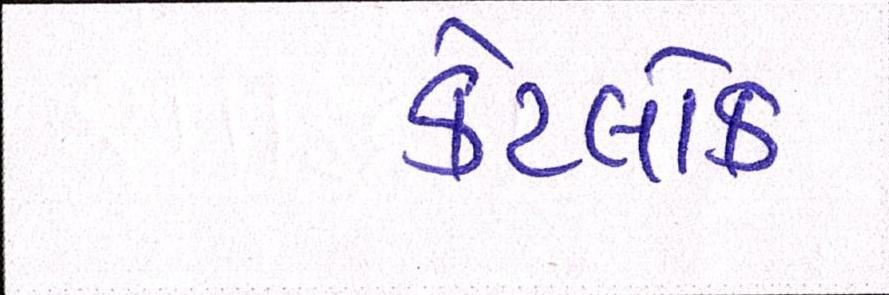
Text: કેટલોક